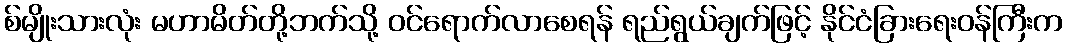
စ်မျိုးသားလုံး မဟာမိတ်တို့ဘက်သို့ ဝင်ရောက်လာစေရန် ရည်ရွယ်ချက်ဖြင့် နိုင်ငံခြားရေးဝန်ကြီးက